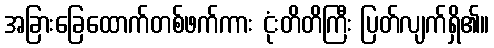
အခြားခြေထောက်တစ်ဖက်ကား ငုံးတိတိကြီး ပြတ်လျက်ရှိ၏။